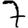
Digit: 7